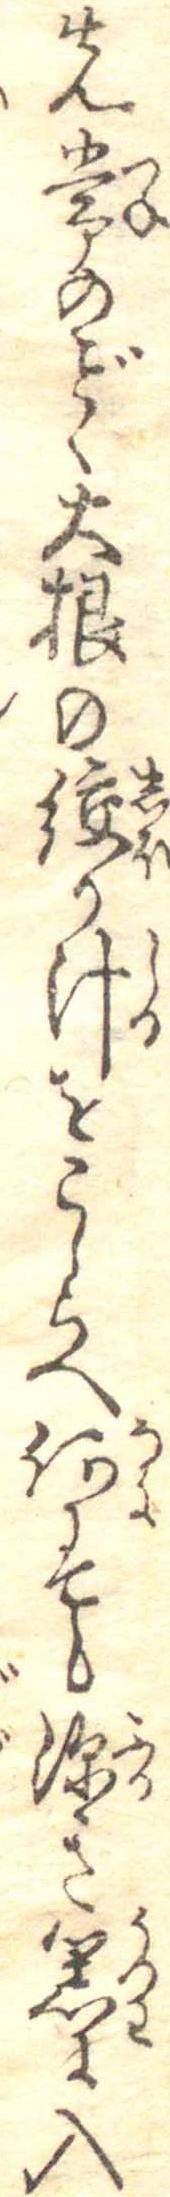
先常のく大根の絞り汁をこしらへ何にても深き器に入